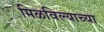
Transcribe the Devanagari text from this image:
मिळविल्याच्या